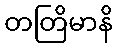
တတြိမာနိ